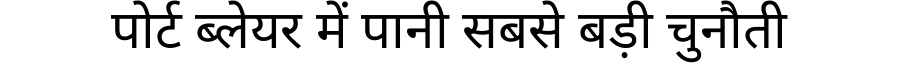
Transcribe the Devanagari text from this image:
पोर्ट ब्लेयर में पानी सबसे बड़ी चुनौती